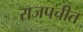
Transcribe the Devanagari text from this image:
राजपचीत